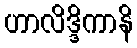
ဟာလိဒ္ဒိကာနိ